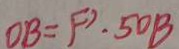
D B = F ^ { \prime } . 5 D B